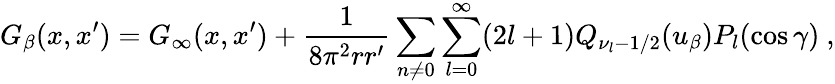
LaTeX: G_{\beta}(x,x^{\prime})=G_{\infty}(x,x^{\prime})+\frac{1}{8\pi^{2}rr^{\prime}}\sum_{n\neq 0}\sum_{l=0}^{\infty}(2l+1)Q_{\nu_{l}-1/2}(u_{\beta})P_{l}(\cos\gamma)\ ,